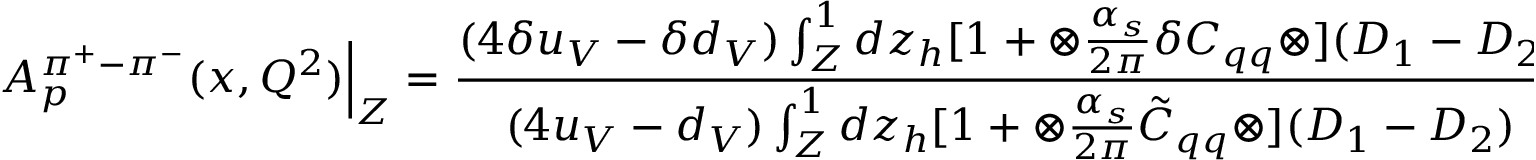
A _ { p } ^ { \pi ^ { + } - \pi ^ { - } } ( x , Q ^ { 2 } ) { \Bigl | } _ { Z } = \frac { ( 4 \delta u _ { V } - \delta d _ { V } ) \int _ { Z } ^ { 1 } d z _ { h } [ 1 + \otimes \frac { \alpha _ { s } } { 2 \pi } \delta C _ { q q } \otimes ] ( D _ { 1 } - D _ { 2 } ) } { ( 4 u _ { V } - d _ { V } ) \int _ { Z } ^ { 1 } d z _ { h } [ 1 + \otimes \frac { \alpha _ { s } } { 2 \pi } \tilde { C } _ { q q } \otimes ] ( D _ { 1 } - D _ { 2 } ) } ,